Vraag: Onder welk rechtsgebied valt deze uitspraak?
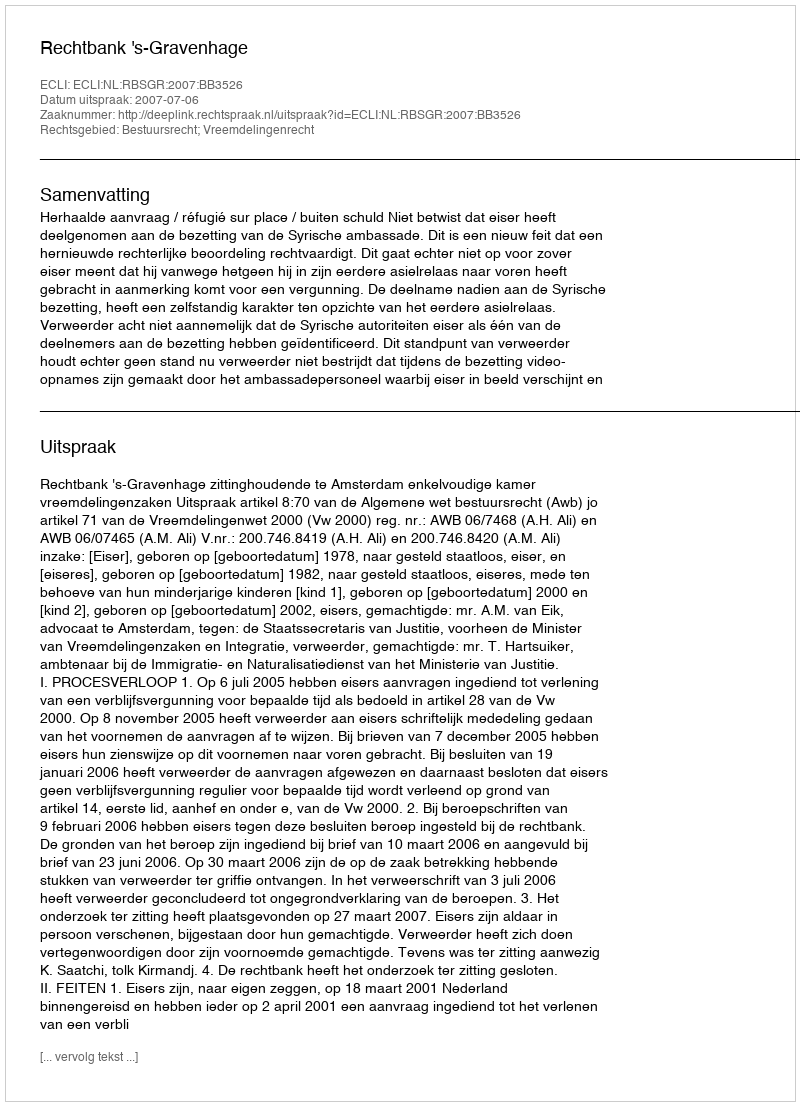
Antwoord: Bestuursrecht; Vreemdelingenrecht